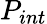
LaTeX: P_{int}